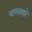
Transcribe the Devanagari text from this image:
भागवणारे